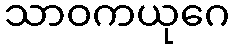
သာဝကယုဂေ